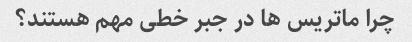
چرا ماتریس ها در جبر خطی مهم هستند؟